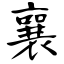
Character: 襄